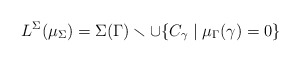
\begin{align*}L^\Sigma(\mu_\Sigma) = \Sigma(\Gamma) \smallsetminus \cup \{C_\gamma \mid \mu_\Gamma(\gamma) = 0\}\end{align*}